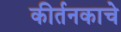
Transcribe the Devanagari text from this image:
कीर्तनकाचे